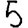
Digit: 5